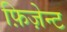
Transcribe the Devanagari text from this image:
फ़िज़ेन्ट